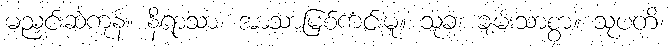
မညှင်းဆဲကုန်။ နိရာသာ၊ အာသာမြစ်ကင်းမူ။ သုခံ၊ ချမ်းသာစွာ။ သုပတိ၊